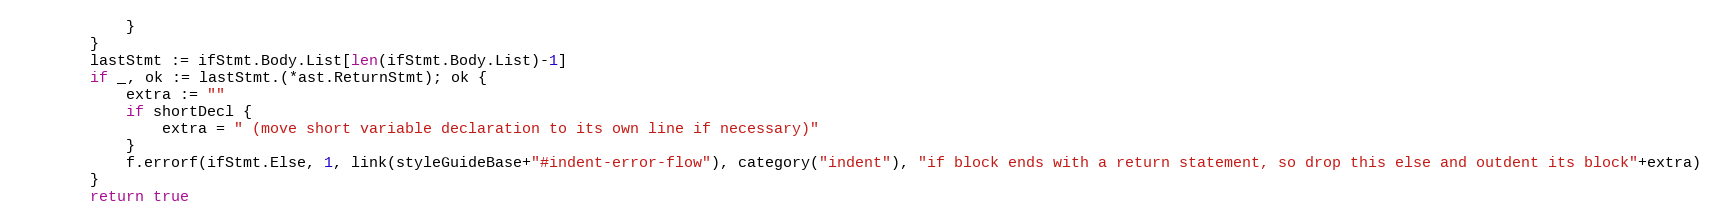
Language: Go
			}
		}
		lastStmt := ifStmt.Body.List[len(ifStmt.Body.List)-1]
		if _, ok := lastStmt.(*ast.ReturnStmt); ok {
			extra := ""
			if shortDecl {
				extra = " (move short variable declaration to its own line if necessary)"
			}
			f.errorf(ifStmt.Else, 1, link(styleGuideBase+"#indent-error-flow"), category("indent"), "if block ends with a return statement, so drop this else and outdent its block"+extra)
		}
		return true